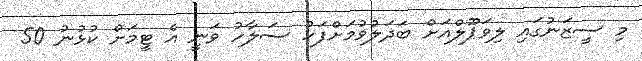
މި ސީޒަނުގައި ލިވަޕޫލްއަށް ބަދަލުވުމަށްފަހު ސަލާހު ވަނީ އެ ޓީމަށް ކުޅުނު 50